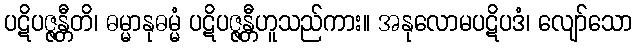
ပဋိပဇ္ဇန္တီတိ၊ ဓမ္မာနုဓမ္မံ ပဋိပဇ္ဇန္တီဟူသည်ကား။ အနုလောမပဋိပဒံ၊ လျော်သော